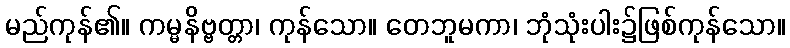
မည်ကုန်၏။ ကမ္မနိဗ္ဗတ္တာ၊ ကုန်သော။ တေဘူမကာ၊ ဘုံသုံးပါး၌ဖြစ်ကုန်သော။